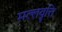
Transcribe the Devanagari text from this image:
मल्लवृत्ति